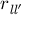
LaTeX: r _ { { \mathit { l } } { \mathit { l } } ^ { \prime } }